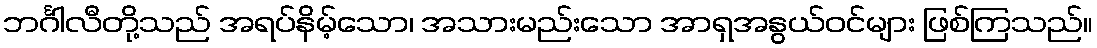
ဘင်္ဂါလီတို့သည် အရပ်နိမ့်သော၊ အသားမည်းသော အာရှအနွယ်ဝင်များ ဖြစ်ကြသည်။